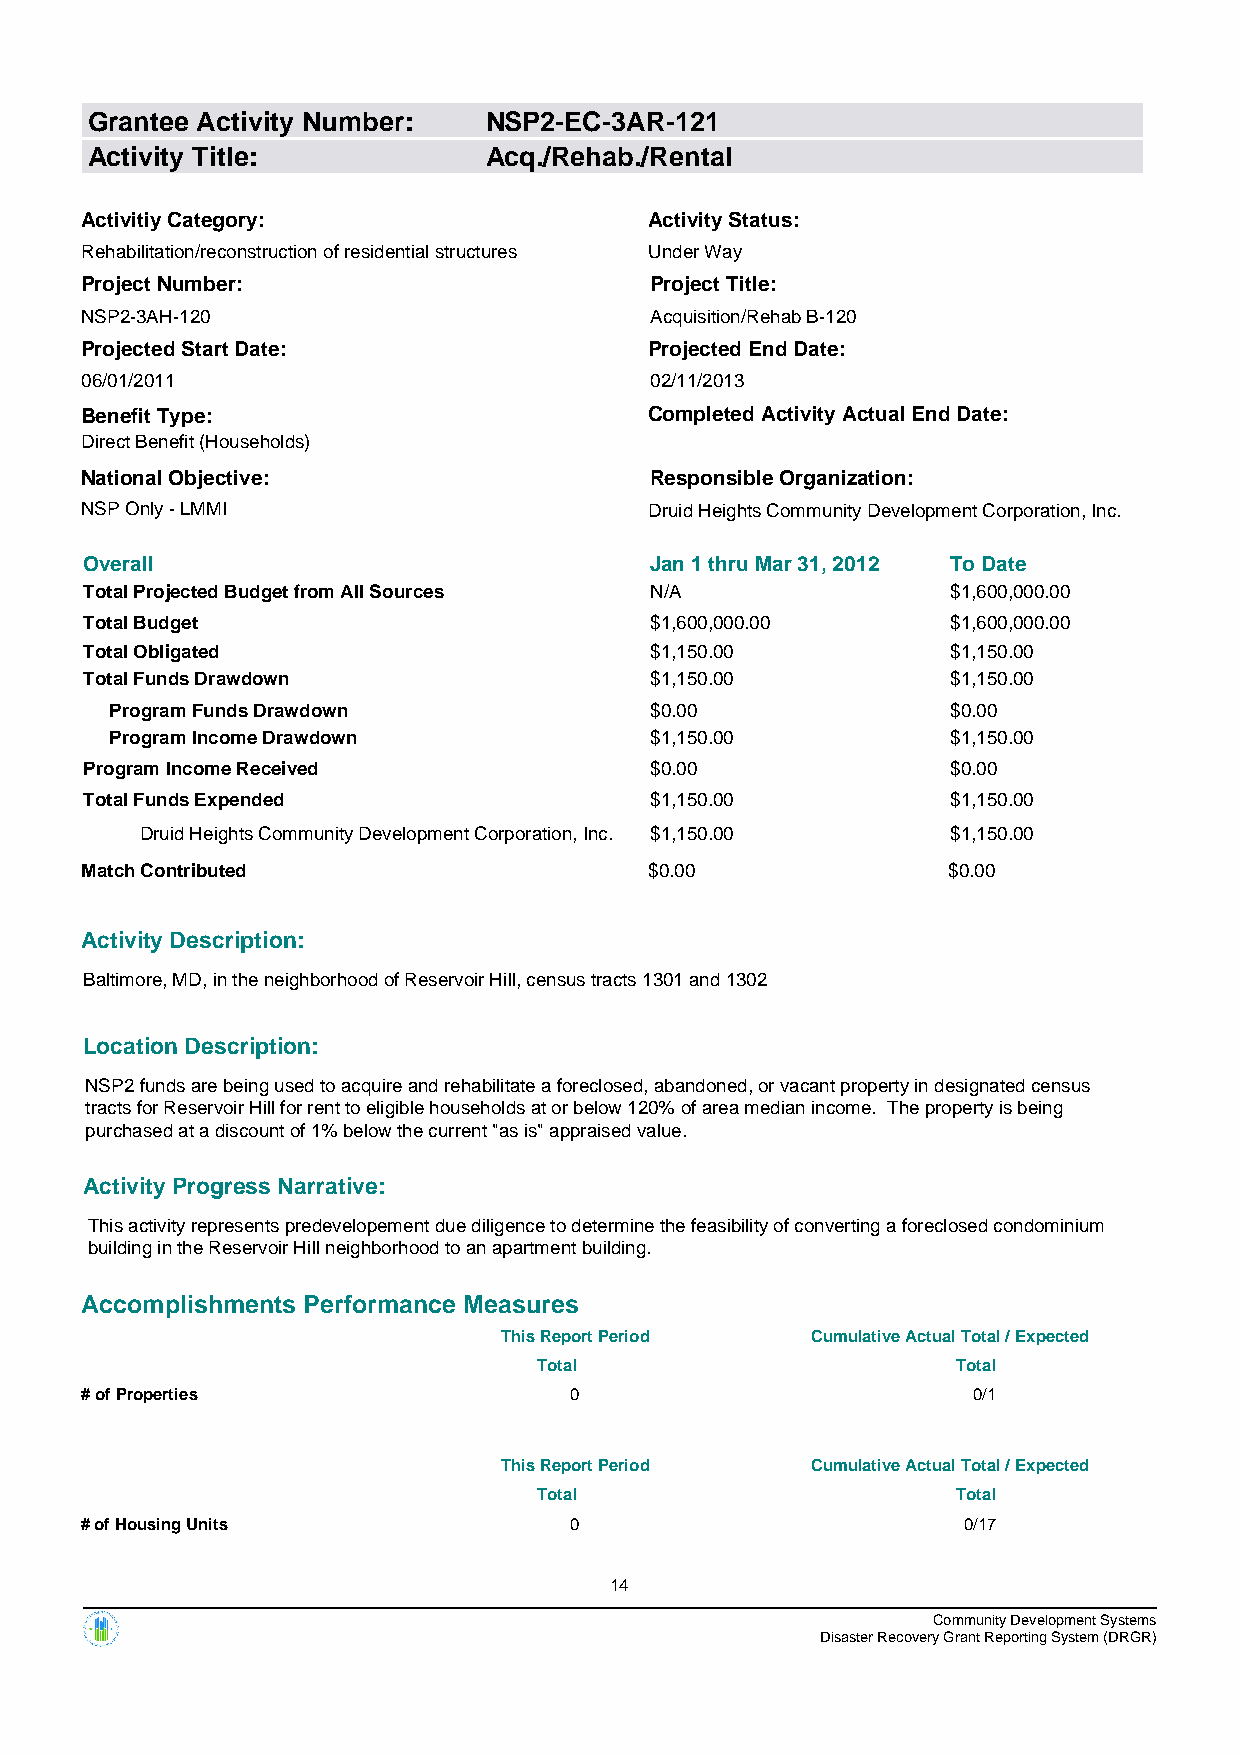
Grantee Activity Number:  NSP2-EC-3AR-121
 Activity Title:           Acq./Rehab./Rental
 Activitiy Category:                   Activity Status:
 Rehabilitation/reconstruction of residential structures Under Way
 Project Number:                       Project Title:
 NSP2-3AH-120                          Acquisition/Rehab B-120
 Projected Start Date:                 Projected End Date:
 06/01/2011                            02/11/2013
 Benefit Type:                         Completed Activity Actual End Date:
 Direct Benefit (Households)
 National Objective:                   Responsible Organization:
 NSP Only - LMMI                       Druid Heights Community Development Corporation, Inc.
 Overall                              Jan 1 thru Mar 31, 2012 To Date
 Total Projected Budget from All Sources N/A              $1,600,000.00
 Total Budget                         $1,600,000.00       $1,600,000.00
 Total Obligated                      $1,150.00           $1,150.00
 Total Funds Drawdown                 $1,150.00           $1,150.00
 Program Funds Drawdown              $0.00               $0.00
 Program Income Drawdown             $1,150.00           $1,150.00
 Program Income Received              $0.00               $0.00
 Total Funds Expended                 $1,150.00           $1,150.00
 Druid Heights Community Development Corporation, Inc. $1,150.00 $1,150.00
 Match Contributed                     $0.00               $0.00
 Activity Description:
 Baltimore, MD, in the neighborhood of Reservoir Hill, census tracts 1301 and 1302
 Location Description:
 NSP2 funds are being used to acquire and rehabilitate a foreclosed, abandoned, or vacant property in designated census
 tracts for Reservoir Hill for rent to eligible households at or below 120% of area median income. The property is being
 purchased at a discount of 1% below the current "as is" appraised value.
 Activity Progress Narrative:
 This activity represents predevelopement due diligence to determine the feasibility of converting a foreclosed condominium
 building in the Reservoir Hill neighborhood to an apartment building.
 Accomplishments Performance Measures
 This Report Period   Cumulative Actual Total / Expected
 Total                      Total
 # of Properties                  0                         0/1
 This Report Period   Cumulative Actual Total / Expected
 Total                      Total
 # of Housing Units               0                         0/17
 14
 Community Development Systems
 Disaster Recovery Grant Reporting System (DRGR)